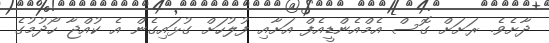
ދާށެވެ. ރަށަށް ގޮސް އެމްއެންޑީއެފް އަށާއި ފުލުހަށް ގުޅައިގެން އެ ކުއްޖާ ހޯދުމުގެ